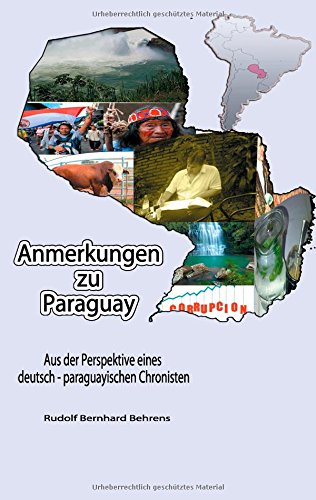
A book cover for Anmerkungen Zu Paraguay (German Edition); Rudolf Bernhard Behrens; Travel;